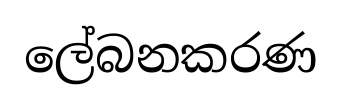
ලේබනකරණ